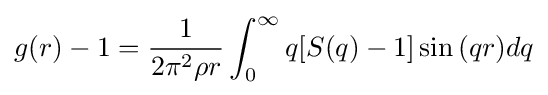
g(r)-1={\frac {1}{2\pi ^{2}\rho r}}\int _{0}^{\infty }q[S(q)-1]\sin {(qr)}{d}q